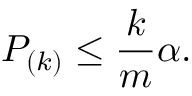
P _ { ( k ) } \leq { \frac { k } { m } } \alpha .